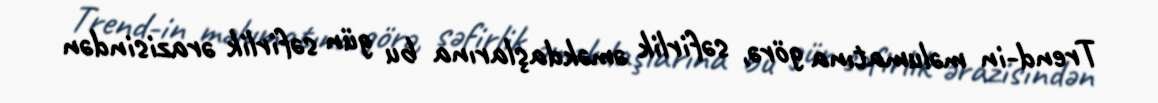
Trend-in məlumatına görə, səfirlik əməkdaşlarına bu gün səfirlik ərazisindən